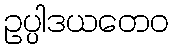
ဥပ္ပါဒယတေဝ